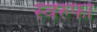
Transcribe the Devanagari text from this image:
स्वरुफो